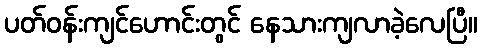
ပတ်ဝန်းကျင်ဟောင်းတွင် နေသားကျလာခဲ့လေပြီ။